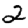
Digit: 2